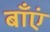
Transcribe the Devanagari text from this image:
बाँएं